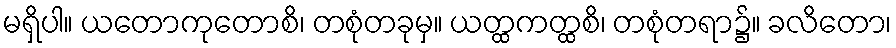
မရှိပါ။ ယတောကုတောစိ၊ တစုံတခုမှ။ ယတ္ထကတ္ထစိ၊ တစုံတရာ၌။ ခလိတော၊